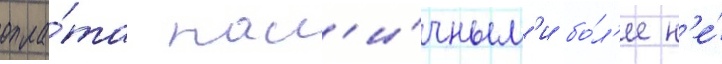
опла́та нал'и́чным'и бо́л'ее н'е́